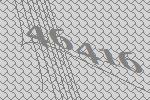
46416